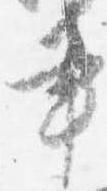
書